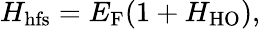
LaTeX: H_{\mathrm{hfs}}=E_{\mathrm{F}}(1+H_{\mathrm{HO}}),